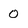
Character: 0